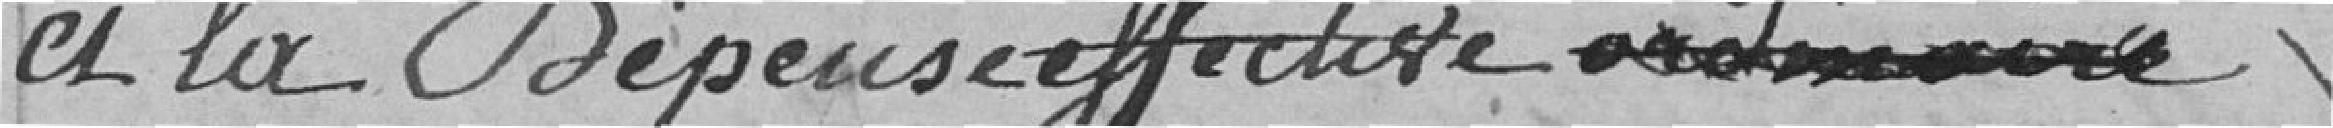
et la dépense effective